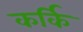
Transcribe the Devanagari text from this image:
कर्कि